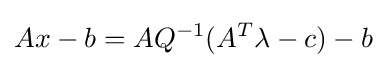
Ax-b=AQ^{-1}(A^{T}{\lambda }-c)-b